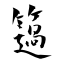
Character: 簻